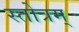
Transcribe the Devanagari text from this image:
स्तोत्रम्